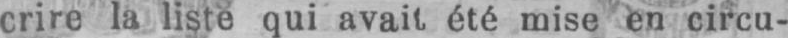
crire la liste qui avait été mise en circu-